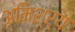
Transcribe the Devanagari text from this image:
अमिश्र्य